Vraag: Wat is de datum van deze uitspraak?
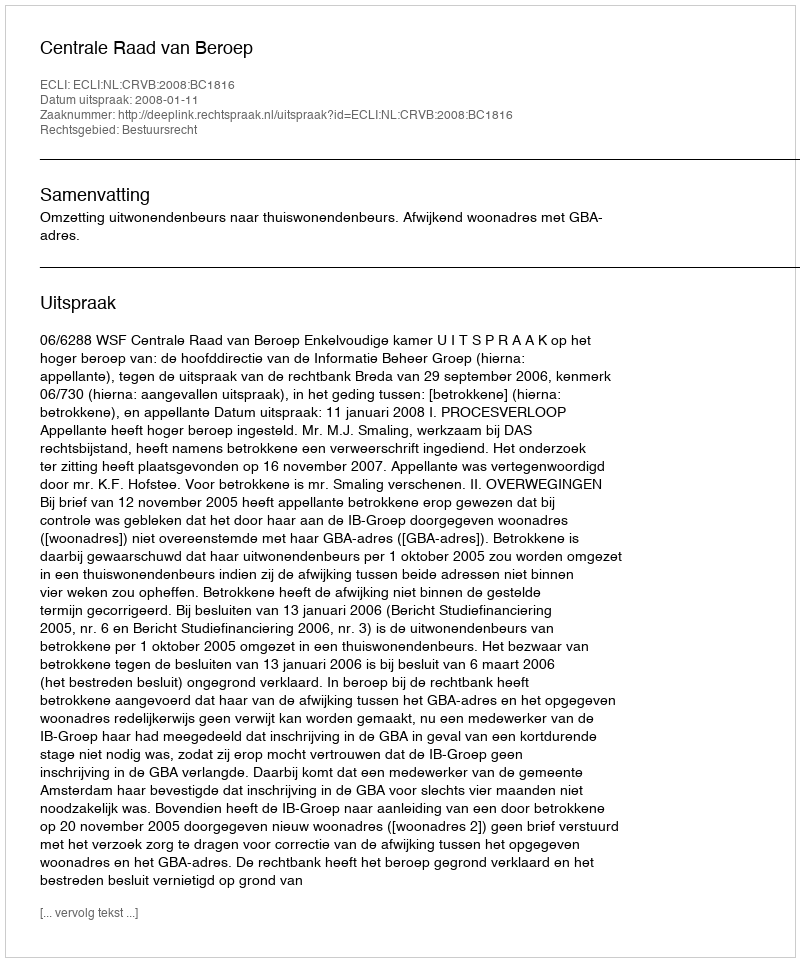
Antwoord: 2008-01-11